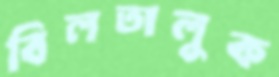
বিলতালুক